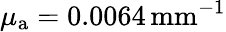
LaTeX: \mu_{{\mathrm a}}=0.0064\, \mathrm{{mm}^{-1}}